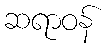
ဆရာဝန်